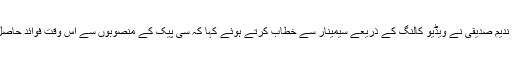
سمیرا ندیم صدیقی، سیکرٹی بورڈ آف انوسٹمنٹ کی سیکرٹری سمیرا ندیم صدیقی نے ویڈیو کالنگ کے ذریعے سیمینار سے خطاب کرتے ہوئے کہا کہ سی پیک کے منصوبوں سے اس وقت فوائد حاصل کئے جاسکتے ہیں جب متعلقہ شعبوں تربیت یافتہ افراد موجود ہوں۔